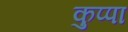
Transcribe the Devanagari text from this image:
कुप्‍पा